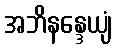
အဘိနန္ဒေယျံ